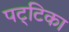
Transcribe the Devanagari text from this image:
पट्‌टिका